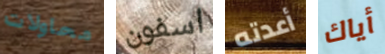
محاولات اسفون أعدته أياك